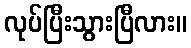
လုပ်ပြီးသွားပြီလား။